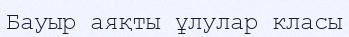
Бауыр аяқты ұлулар класы